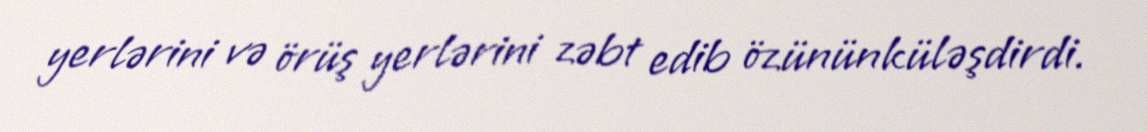
yerlərini və örüş yerlərini zəbt edib özününküləşdirdi.